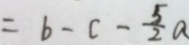
= b - c - \frac { 5 } { 2 } a